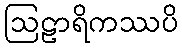
ဩဠာရိကဿပိ